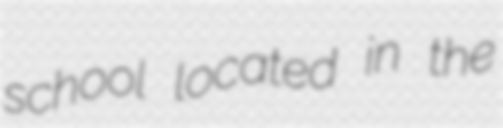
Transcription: school located in the